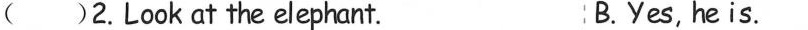
( )2.Look at the elephant. B.Yes, he is.